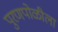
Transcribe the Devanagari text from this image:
पुरणपोळीला